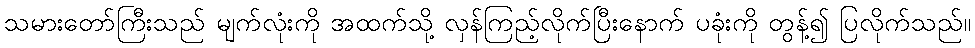
သမားတော်ကြီးသည် မျက်လုံးကို အထက်သို့ လှန်ကြည့်လိုက်ပြီးနောက် ပခုံးကို တွန့်၍ ပြလိုက်သည်။